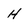
Character: H